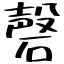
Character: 磬